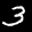
Label: 3